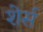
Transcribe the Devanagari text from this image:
शेर्स